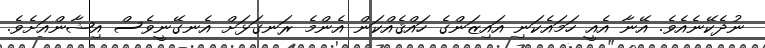
ނުދެކޭނެއެވެ. އޭނާ އެއީ ހަމައެކަނި އައިޒަންގެ ހައްޤެއްކަން އެންމެ ރަނގަޅަށް އެނގޭނީވެސް އިޝާންއަށެވެ.